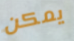
يمكن